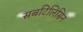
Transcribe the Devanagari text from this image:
सबटिलिसिन